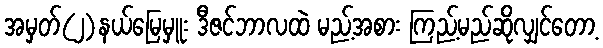
အမှတ်(၂)နယ်မြေမှူး ဒီဇင်ဘာလထဲ မည့်အစား ကြည့်မည်ဆိုလျှင်တော့